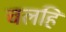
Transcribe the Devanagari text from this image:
चलहि